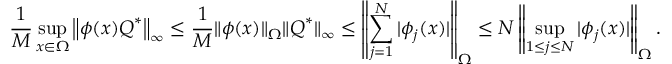
\frac { 1 } { M } \operatorname* { s u p } _ { \boldsymbol { x } \in \Omega } \left\| \boldsymbol { \phi } ( \boldsymbol { x } ) \boldsymbol { Q } ^ { * } \right\| _ { \infty } \le \frac { 1 } { M } \| \boldsymbol { \phi } ( \boldsymbol { x } ) \| _ { \Omega } \| \boldsymbol { Q } ^ { * } \| _ { \infty } \le \left\| \sum _ { j = 1 } ^ { N } | \phi _ { j } ( \boldsymbol { x } ) | \right\| _ { \Omega } \le N \left\| \operatorname* { s u p } _ { 1 \le j \le N } | \phi _ { j } ( \boldsymbol { x } ) | \right\| _ { \Omega } .